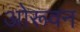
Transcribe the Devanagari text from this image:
ओरूवन